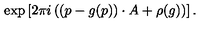
\exp \left[ 2 \pi i \left( ( p - g ( p ) ) \cdot A + \rho ( g ) \right) \right] .